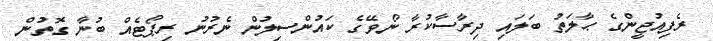
ރެފިއުޖީންގެ ޙާލަތު ބަލައި ދިރާސާކުރާ ނޯވޭގެ ކައުންސިލުން ނެރުނު ރިޕޯޓެއް ބުނާ ގޮތުން